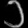
Digit: ၁